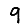
Digit: 9